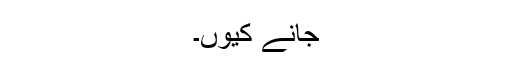
جانے کیوں۔